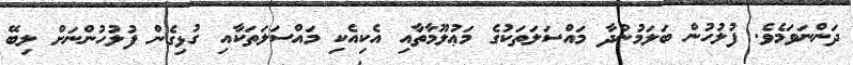
ދަންނަވަމެވެ. ފުލުހުން ބަލަމުންދާ މައްސަލަތަކުގެ މަޢުލޫމާތާއި އެކިއެކި މައްސަލަތަކާއި ގުޅިގެން ފުލުހުންނަށް ލިބޭ